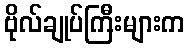
ဗိုလ်ချုပ်ကြီးများက